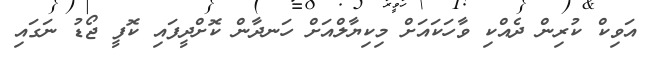
އަވިކް ކުރިން ދެއްކި ވާހަކައަށް މިކިޔާލްއަށް ހަނދާން ކޮށްދީފައި ކޮފީ ޖޯޑު ނަގައި